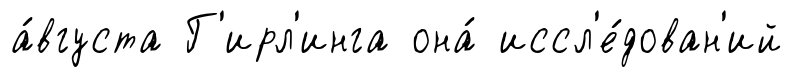
а́вгуста Г'ирл'инга она́ иссл'е́дован'ий